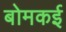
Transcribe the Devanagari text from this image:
बोमकई